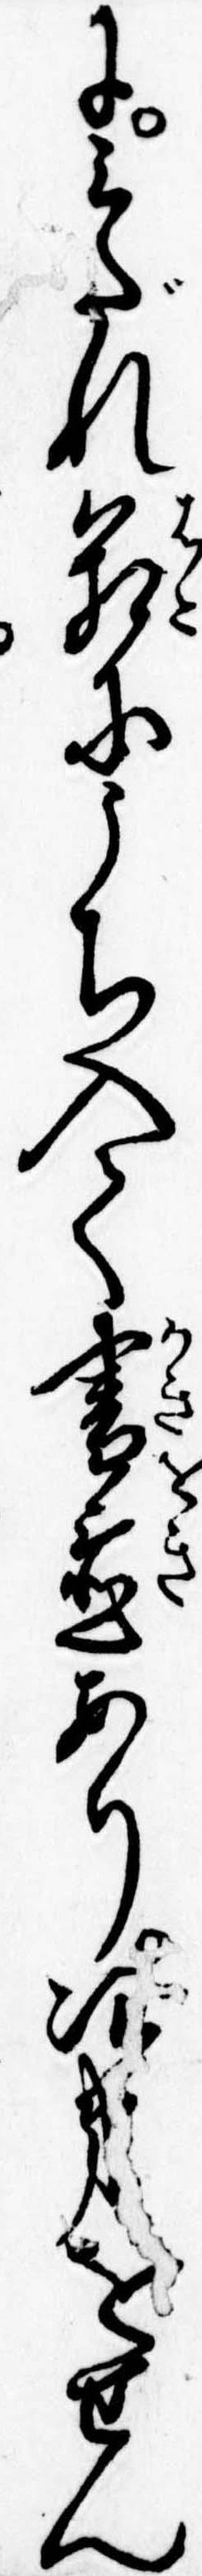
にみだれ箱にうち入て書置あり次第をせん